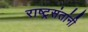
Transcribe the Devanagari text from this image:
राष्ट्रसंतांनी